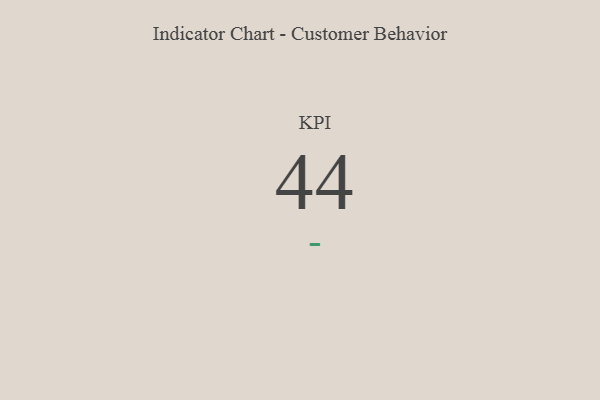
{"axis": {"x": "KPI", "y": "Value"}, "legend": [""], "data": [{"x": "KPI", "y": 44, "type": ""}]}